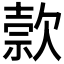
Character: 𬅭